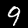
Digit: 9